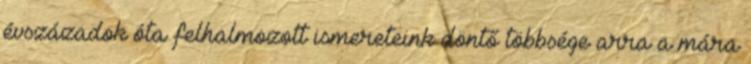
évszázadok óta felhalmozott ismereteink döntő többsége arra a mára